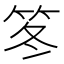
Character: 笗